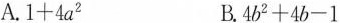
A.$$1 + 4 a ^ { 2 }$$ B.$$4 b ^ { 2 } + 4 b - 1$$